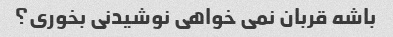
باشه قربان نمی خواهی نوشیدنی بخوری؟